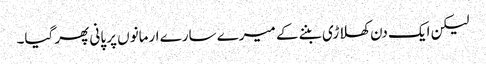
لیکن ایک دن کھلاڑی بننے کے میرے سارے ارمانوں پر پانی پھر گیا۔